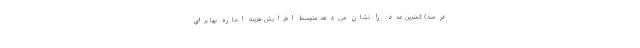
درصد) کمترین عدد را نشان می‌دهد. متوسط افزایش هزینه اجاره بها برای